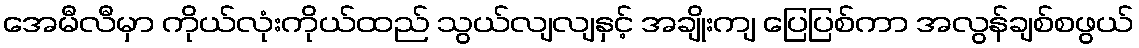
အေမီလီမှာ ကိုယ်လုံးကိုယ်ထည် သွယ်လျလျနှင့် အချိုးကျ ပြေပြစ်ကာ အလွန်ချစ်စဖွယ်